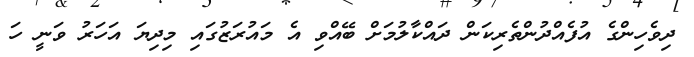
ދިވެހިންގެ އުފެއްދުންތެރިކަން ދައްކާލުމަށް ބޭއްވި އެ މައުރަޒުގައި މިދިޔަ އަހަރު ވަނީ ހަ